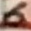
Text: 6